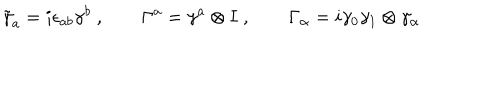
LaTeX: \tilde { \gamma } _ { a } = i \epsilon _ { a b } \gamma ^ { b } \ , \qquad \Gamma ^ { a } = \gamma ^ { a } \otimes I \ , \qquad \Gamma _ { \alpha } = i \gamma _ { 0 } \gamma _ { 1 } \otimes \gamma _ { \alpha } \,